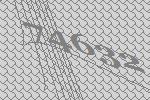
74632